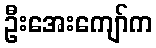
ဦးအေးကျော်က